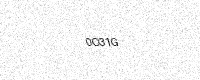
Text: 0O31G